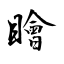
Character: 瞺